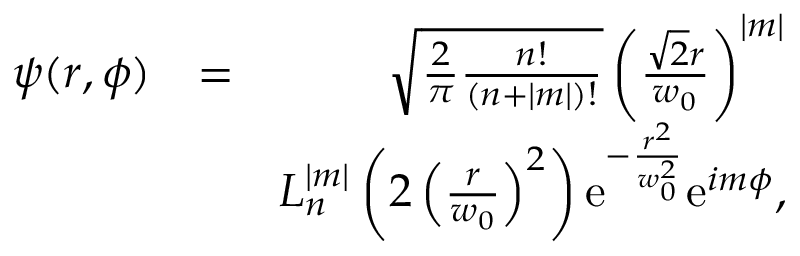
\begin{array} { r l r } { \psi ( r , \phi ) } & { = } & { \sqrt { \frac { 2 } { \pi } \frac { n ! } { ( n + | m | ) ! } } \left( \frac { \sqrt { 2 } r } { w _ { 0 } } \right) ^ { | m | } } \\ & { } & { L _ { n } ^ { | m | } \left( 2 \left( \frac { r } { w _ { 0 } } \right) ^ { 2 } \right) \mathrm { e } ^ { - \frac { r ^ { 2 } } { w _ { 0 } ^ { 2 } } } \mathrm { e } ^ { i m \phi } , } \end{array}